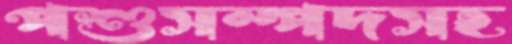
পশুসম্পদসহ